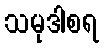
သမုဒါစရ